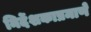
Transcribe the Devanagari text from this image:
निर्देशकाप्रमाणे